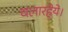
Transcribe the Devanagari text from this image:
चलारहेये।